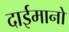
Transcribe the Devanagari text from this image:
दाईमानो